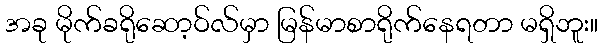
အခု မိုက်ခရိုဆော့ဝ်လ်မှာ မြန်မာစာရိုက်နေရတာ မရှိဘူး။